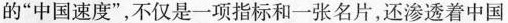
的”中国速度”，不仅是一项指标和一张名片，还渗透着中国